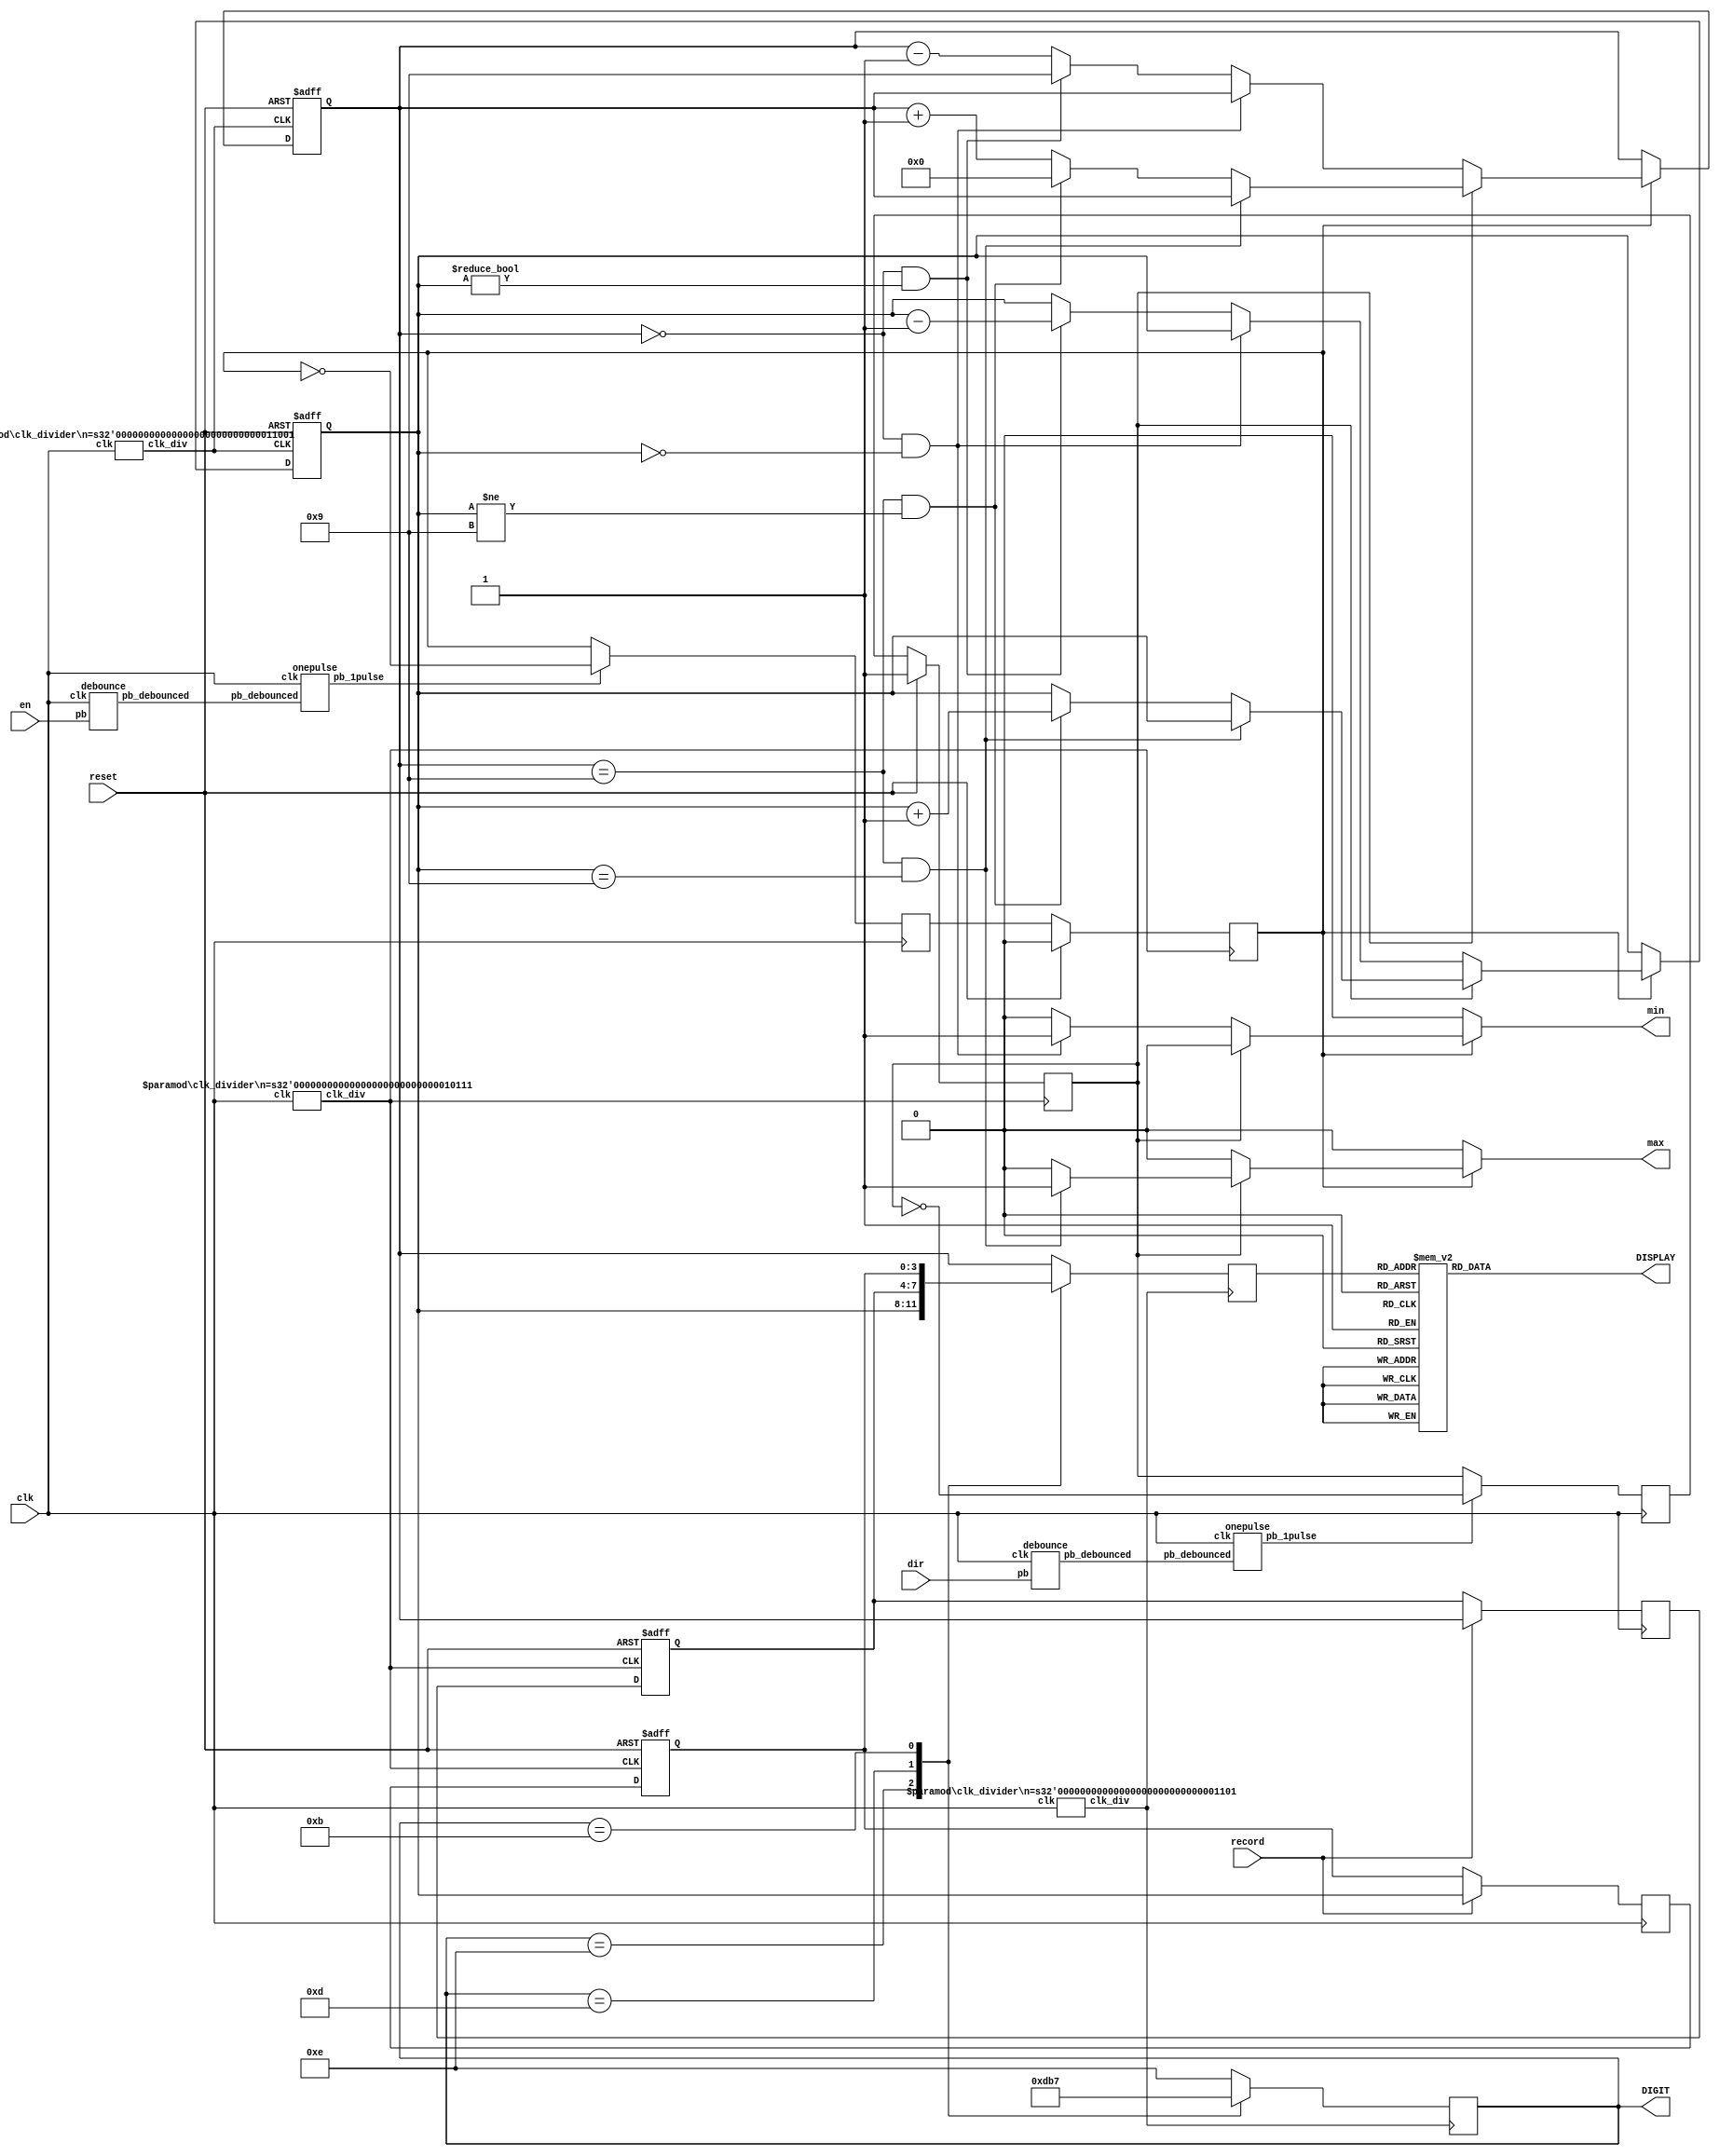
module lab4_2(input wire en, input wire reset,input wire clk,input wire dir,input wire record,
output wire [3:0]DIGIT,output wire[6:0]DISPLAY,output wire max,output wire min);

        wire clk23;
        wire clk25;
        wire clk13;
        wire en_de;
        wire en_pul;
        wire dir_de;
        wire dir_pul;
        wire record_de;
        wire record_pul;

        clk_divider #(23)clk1 (.clk(clk),.clk_div(clk23));
        clk_divider #(25)clk2 (.clk(clk),.clk_div(clk25));
        clk_divider #(13)clk3 (.clk(clk),.clk_div(clk13));
        clk_divider #(16)clk4 (.clk(clk),.clk_div(clk16));

        debounce de1(.pb_debounced(en_de),.pb(en),.clk(clk));
        onepulse on1(.clk(clk),.pb_debounced(en_de),.pb_1pulse(en_pul));

        debounce de2(.pb_debounced(dir_de),.pb(dir),.clk(clk));
        onepulse on2(.clk(clk),.pb_debounced(dir_de),.pb_1pulse(dir_pul));

        debounce de3(.pb_debounced(record_de),.pb(record),.clk(clk));
        onepulse on3(.clk(clk),.pb_debounced(record_de),.pb_1pulse(record_pul));
        wire [3:0]lastnum;
        wire [3:0]num;
        reg [3:0]nextBCD0 ;
        reg [3:0]nextBCD1 ;
        reg [3:0]nextBCD2 ;
        reg [3:0]nextBCD3 ;
        reg [6:0] display;
        reg [3:0] digit;
        reg enable;
        reg nextenable;
        reg [3:0] val;
        reg [3:0] BCD0;
        reg [3:0] BCD1;
        reg [3:0] BCD2;
        reg [3:0] BCD3;
        reg mini;
        reg maxi;
        reg dire;
        reg nextdir;
        reg rcd;
        always@(posedge clk) begin
            if(en_pul==1'b1) begin nextenable=~enable; end
            else begin nextenable=enable; end
            if(dir_pul==1'b1) begin nextdir=~dire; end
            else begin nextdir=dire; end
            if(record==1'b1) begin nextBCD2=BCD0; nextBCD3=BCD1; end
            else begin nextBCD2=BCD2; nextBCD3=BCD3; end
        end
        
        always@(*)
            begin
                /*if(reset==1'b1) begin nextBCD0=4'b0000;nextBCD1=4'b0000;nextBCD2=4'b0000;nextBCD3=4'b0000;
                nextenable=1'b0; nextdir=1'b1;maxi=1'b0; mini=1'b0; end*/
                //else
                    //begin
                        
                        if(enable==1'b0)
                            begin
                                maxi=1'b0;
                                mini=1'b0;
                                nextBCD1=BCD1;
                                nextBCD0=BCD0;
                            end
                        else
                            begin
                                if(dire==1'b1)
                                    begin
                                        if(BCD0==4'b1001&&BCD1==4'b1001)
                                            begin
                                                maxi=1'b1;
                                                mini=1'b0;
                                                nextBCD1=BCD1;
                                                nextBCD0=BCD0;
                                                
                                            end   
                                        else if(BCD0==4'b1001&&BCD1!=4'b1001)
                                            begin
                                                maxi=1'b0;
                                                mini=1'b0;
                                                nextBCD1=BCD1+1;
                                                nextBCD0=4'b0000;
                                                
                                            end
                                        else 
                                            begin
                                                maxi=1'b0;
                                                mini=1'b0;
                                                nextBCD0=BCD0+1;
                                                nextBCD1=BCD1;
                                            end
                                    end
                                else
                                    begin
                                        if(BCD0==4'b0000&&BCD1==4'b0000)
                                            begin
                                                maxi=1'b0;
                                                mini=1'b1;
                                                nextBCD1=BCD1;
                                                nextBCD0=BCD0;
                                                
                                            end   
                                        else if(BCD0==4'b0000&&BCD1!=4'b0000)
                                            begin
                                                maxi=1'b0;
                                                mini=1'b0;
                                                nextBCD1=BCD1-1;
                                                nextBCD0=4'b1001;
                                                
                                            end
                                        else 
                                            begin
                                                maxi=1'b0;
                                                mini=1'b0;
                                                nextBCD0=BCD0-1;
                                                nextBCD1=BCD1;
                                            end
                                    end
                            end
                    //end
                case(val)
                    4'b0000: begin display=7'b0000001; end
                    4'b0001: begin display=7'b1001111; end
                    4'b0010: begin display=7'b0010010; end
                    4'b0011: begin display=7'b0000110; end
                    4'b0100: begin display=7'b1001100; end
                    4'b0101: begin display=7'b0100100; end
                    4'b0110: begin display=7'b0100000; end
                    4'b0111: begin display=7'b0001111; end
                    4'b1000: begin display=7'b0000000; end
                    default:  begin display=7'b0000100; end
                endcase  
            end
        always@(posedge clk23,posedge reset) //update FSM
            begin
                if(reset==1'b1)
                    begin
                        BCD2=4'b0000;
                        BCD3=4'b0000;
                    end
                else
                    begin
                        BCD2=nextBCD2;
                        BCD3=nextBCD3;
                    end
            end
        always@(posedge clk23) //update FSM
        begin
            if(reset==1'b1)
                begin
                    dire=1'b1;
                    enable=1'b0;
                end
            else
                begin
                    dire=nextdir;
                    enable=nextenable;
                end
        end
        always@(posedge clk25,posedge reset) //update counting number
            begin
                if(reset==1'b1)
                    begin
                        BCD0=4'b0000;
                        BCD1=4'b0000;
                    end
                else
                    begin
                        BCD0=nextBCD0;
                        BCD1=nextBCD1;
                    end
                    
                    
                /*if(reset==1'b1) begin enable=1'b0; end
                else */
            end
        always@(posedge clk13)
            begin
                case(digit)
                4'b1110: begin val=BCD1; digit=4'b1101; end
                4'b1101: begin val=BCD2; digit=4'b1011; end
                4'b1011: begin val=BCD3; digit=4'b0111; end
                4'b0111: begin val=BCD0; digit=4'b1110; end
                default: begin val=BCD0; digit=4'b1110; end
                endcase
            end
        assign DISPLAY=display;
        assign DIGIT=digit;
        assign max=maxi;
        assign min=mini;
endmodule
module clk_divider(clk,clk_div);
    parameter n = 4;
    input clk;
    output clk_div;
    reg [n-1:0] num;
    wire [n-1:0] nextnum;
    always@(posedge clk)
        begin
            num=nextnum;
        end
    assign nextnum=num+1;
    assign clk_div=num[n-1];
endmodule
module debounce(pb_debounced,pb,clk);
    output pb_debounced;
    input pb;
    input clk;

    reg[3:0] shift_reg;
    always@(posedge clk)
        begin 
            shift_reg[3:1] <= shift_reg[2:0];
            shift_reg[0] <= pb;
        end
    assign pb_debounced=(shift_reg==4'b1111)?1'b1:1'b0;
endmodule
module onepulse(pb_debounced,clk,pb_1pulse);
   input pb_debounced;
   input clk;
   output pb_1pulse;
   reg pb_1pulse;
   reg pb_debounced_delay;
   always@(posedge clk)
    begin
        if(pb_debounced==1'b1 & pb_debounced_delay==1'b0) pb_1pulse<=1'b1;
        else pb_1pulse<=1'b0;
        pb_debounced_delay<=pb_debounced;
    end
endmodule